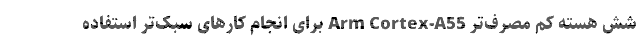
شش هسته کم مصرف‌تر Arm Cortex-A55 برای انجام کارهای سبک‌تر استفاده